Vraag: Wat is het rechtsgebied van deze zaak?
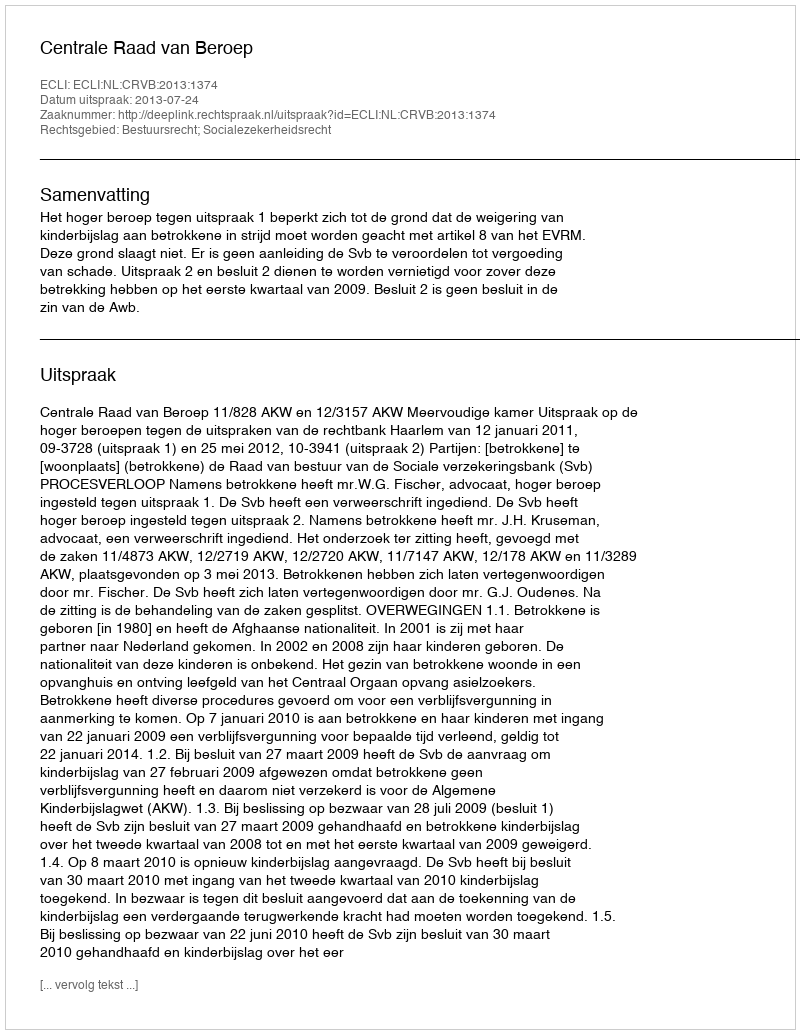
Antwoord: Bestuursrecht; Socialezekerheidsrecht